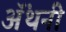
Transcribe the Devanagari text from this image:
ॲंथनी